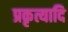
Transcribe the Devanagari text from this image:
प्रकृत्यादि